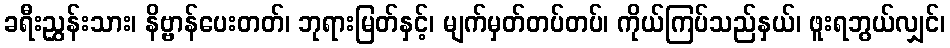
ခရီးညွှန်းသား၊ နိဗ္ဗာန်ပေးတတ်၊ ဘုရားမြတ်နှင့်၊ မျက်မှတ်တပ်တပ်၊ ကိုယ်ကြပ်သည်နှယ်၊ ဖူးရဘွယ်လျှင်၊